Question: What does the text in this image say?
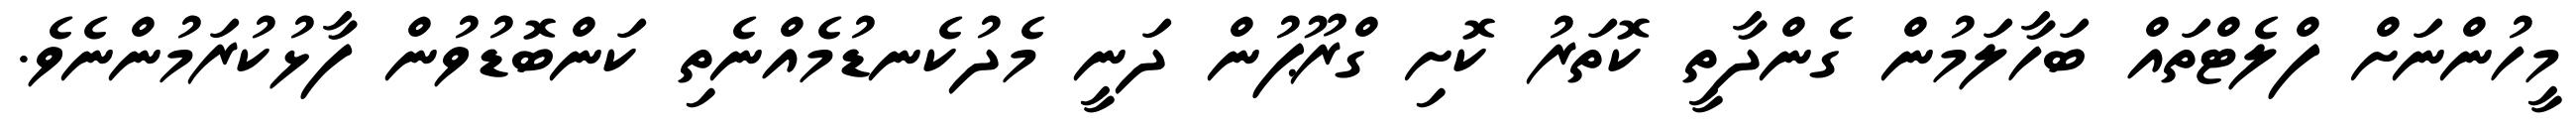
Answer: މީހުންނަށް ފްލެޓްތައް ބަހާލަމުން ގެންދާތީ ކޮތަރު ކޮށި ގްރޫޕުން ދަނީ މެދުކެނޑުމެއްނެތި ކަންބޮޑުވުން ފާޅުކުރަމުންނެވެ.